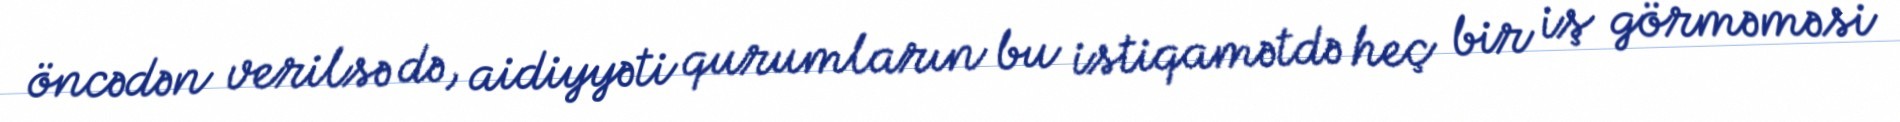
öncədən verilsə də, aidiyyəti qurumların bu istiqamətdə heç bir iş görməməsi